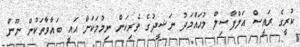
ކުރީގެ ރައީސް އަލްފާޟިލް މުޙައްމަދު ނަޝީދުގެ ވެރިކަން ނިމުމަކަށް އައީ ބަޣާވާތަކުން ނޫން